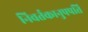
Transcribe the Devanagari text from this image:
निवर्तकानुपपत्ति